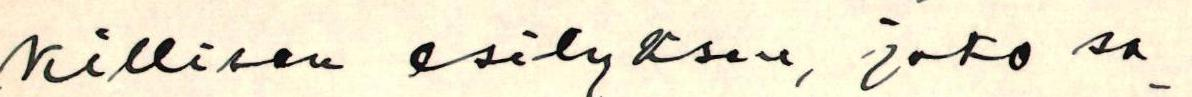
killisen esityksen, joka sa-